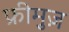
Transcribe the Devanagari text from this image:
फ्रीमुज़